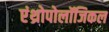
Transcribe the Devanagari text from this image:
एंथ्रोपोलॉजिकल